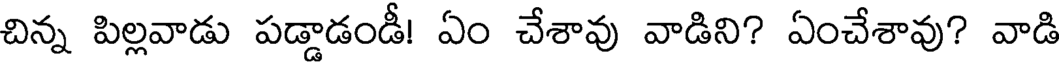
చిన్న పిల్లవాడు పడ్డాడండీ! ఏం చేశావు వాడిని? ఏంచేశావు? వాడి